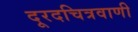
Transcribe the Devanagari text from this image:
दूरदचित्रवाणी